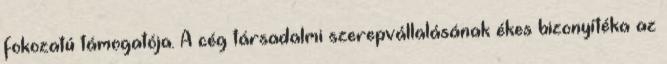
fokozatú támogatója. A cég társadalmi szerepvállalásának ékes bizonyítéka az